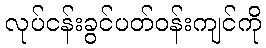
လုပ်ငန်းခွင်ပတ်ဝန်းကျင်ကို